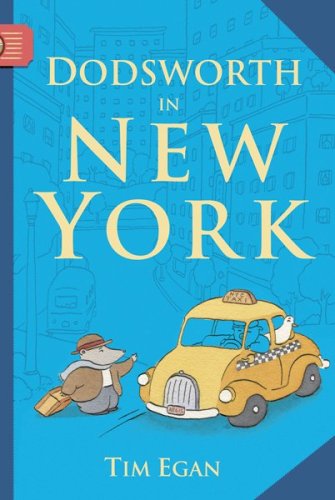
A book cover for Dodsworth in New York (A Dodsworth Book); Tim Egan; Children's Books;